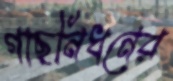
গাছনিধনের